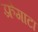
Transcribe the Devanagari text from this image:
फ़्रेगाटा